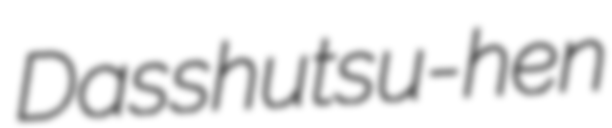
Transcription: Dasshutsu-hen